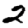
Digit: 2